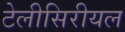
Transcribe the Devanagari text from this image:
टेलीसिरीयल